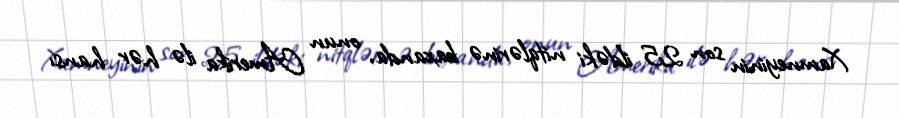
Xamneyinin son 25 ildəki nitqlərinə baxanda, onun Amerika ilə hər hansı